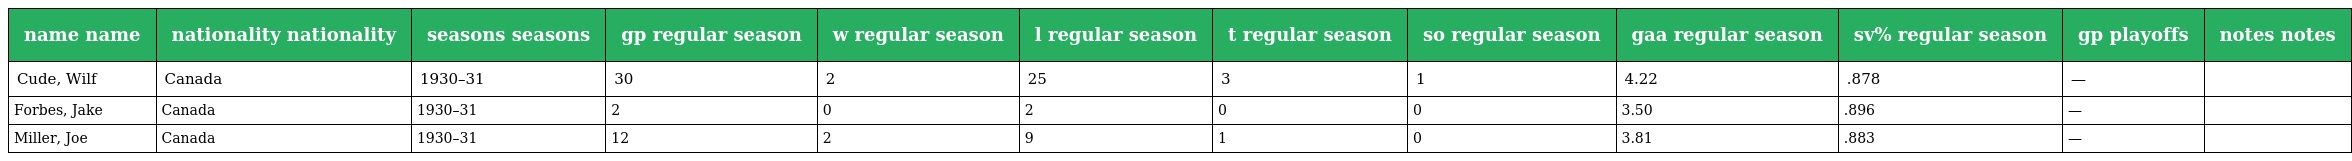
| name name | nationality nationality | seasons seasons | gp regular season | w regular season | l regular season | t regular season | so regular season | gaa regular season | sv% regular season | gp playoffs | notes notes |
 | --- | --- | --- | --- | --- | --- | --- | --- | --- | --- | --- | --- |
 | Cude, Wilf | Canada | 1930–31 | 30 | 2 | 25 | 3 | 1 | 4.22 | .878 | — |  |
 | Forbes, Jake | Canada | 1930–31 | 2 | 0 | 2 | 0 | 0 | 3.50 | .896 | — |  |
 | Miller, Joe | Canada | 1930–31 | 12 | 2 | 9 | 1 | 0 | 3.81 | .883 | — |  |